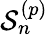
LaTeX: \mathcal{S}_{n}^{({p})}